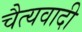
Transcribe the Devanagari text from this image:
चैत्यवादी